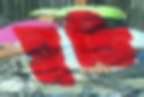
বুন্ডি